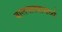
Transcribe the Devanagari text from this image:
बालनाट्यामध्ये